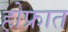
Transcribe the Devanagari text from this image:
होफ्रात